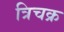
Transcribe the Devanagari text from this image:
त्रिचक्र